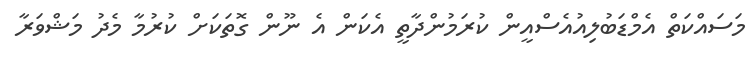
މަސައްކަތް އެމްޑަބުލިއުއެސްއީން ކުރަމުންދާތީ އެކަން އެ ނޫން ގޮތަކަށް ކުރުމާ މެދު މަޝްވަރާ